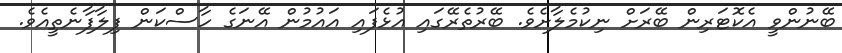
ބޭނުންވީ އެކޮޓަރިން ބޭރަށް ނިކުމެލާށެވެ. ބޭރުތެރޭގައި އުޅެފައި އައުމުން އޭނަގެ ހާސްކަން ފިލާފާނެތީއެވެ.